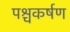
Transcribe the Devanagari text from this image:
पश्चकर्षण